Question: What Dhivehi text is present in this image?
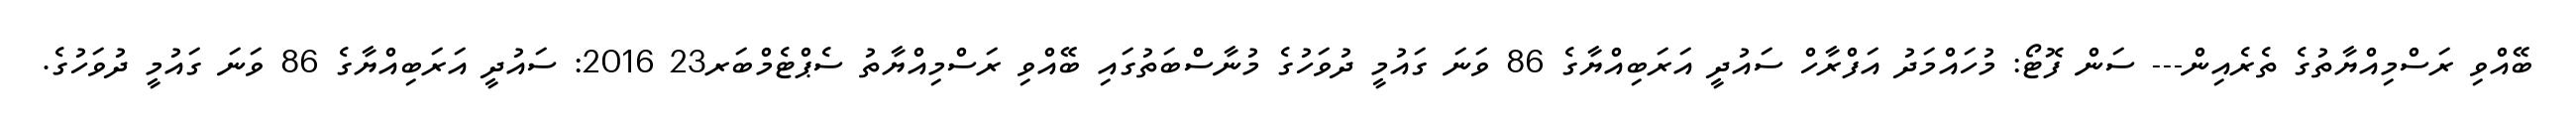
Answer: ބޭއްވި ރަސްމިއްޔާތުގެ ތެރެއިން--- ސަން ފޮޓޯ: މުހައްމަދު އަފްރާހް ސައުދީ އަރަބިއްޔާގެ 86 ވަނަ ގައުމީ ދުވަހުގެ މުނާސްބަތުގައި ބޭއްވި ރަސްމިއްޔާތު ސެޕްޓެމްބަރ23 2016: ސައުދީ އަރަބިއްޔާގެ 86 ވަނަ ގައުމީ ދުވަހުގެ.